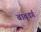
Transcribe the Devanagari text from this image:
बाबूवर्ग